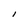
Character: I